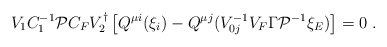
\begin{align*}V_1C_1^{-1}{\cal P}C_FV_2^\dagger \left[ Q^{\mu i}(\xi _i)-Q^{\mu j}(V_{0j}^{-1}V_F\Gamma{\cal P}^{-1}\xi _E)\right] =0\ .\end{align*}